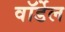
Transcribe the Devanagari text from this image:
वॉर्डेल